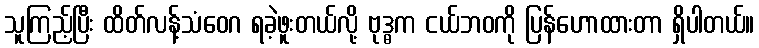
သူကြည့်ပြီး ထိတ်လန့်သံဝေဂ ရခဲ့ဖူးတယ်လို့ ဗုဒ္ဓက ငယ်ဘဝကို ပြန်ဟောထားတာ ရှိပါတယ်။